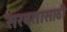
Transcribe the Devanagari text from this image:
सरबतासाठी